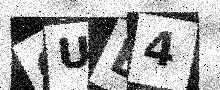
Text: QUE4